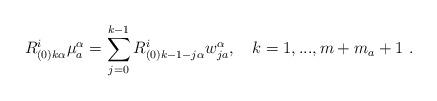
LaTeX: \begin{align*}R^i_{(0)k\alpha}\mu^\alpha_a=\sum_{j=0}^{k-1}R^i_{(0)k-1-j\alpha}w^\alpha_{ja},\quad k=1,...,m+m_a+1\ .\end{align*}